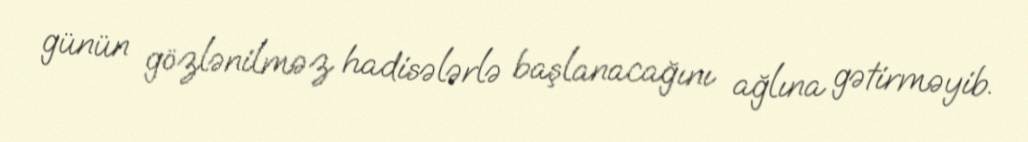
günün gözlənilməz hadisələrlə başlanacağını ağlına gətirməyib.